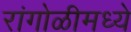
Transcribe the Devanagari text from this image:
रांगोळीमध्ये